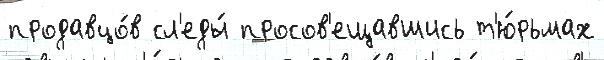
продавцо́в сл'еды́ просов'ещавшись т'ю́рьмах